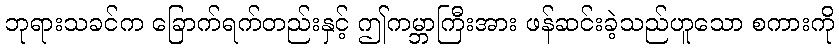
ဘုရားသခင်က ခြောက်ရက်တည်းနှင့် ဤကမ္ဘာကြီးအား ဖန်ဆင်းခဲ့သည်ဟူသော စကားကို